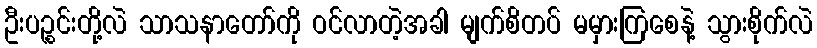
ဦးပဉ္စင်းတို့လဲ သာသနာတော်ကို ဝင်လာတဲ့အခါ မျက်စိတပ် မမှားကြစေနဲ့ သွားစိုက်လဲ